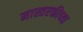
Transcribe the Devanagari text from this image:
मास्तरकीच्या